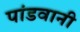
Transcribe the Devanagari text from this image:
पांडवानी